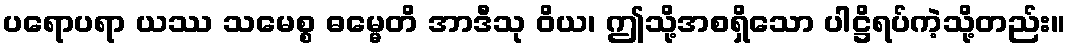
ပရောပရာ ယဿ သမေစ္စ ဓမ္မေတိ အာဒီသု ဝိယ၊ ဤသို့အစရှိသော ပါဋ္ဌိရပ်ကဲ့သို့တည်း။